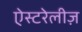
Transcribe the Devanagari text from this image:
ऐस्टरेलीज़